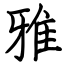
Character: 雅